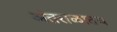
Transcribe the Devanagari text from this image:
अंतराळातच